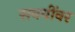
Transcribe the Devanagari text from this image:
सवयींवर